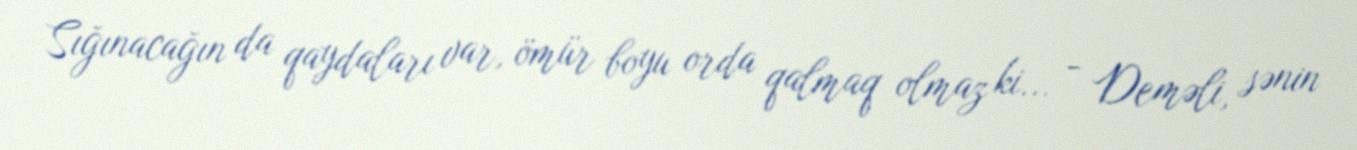
Sığınacağın da qaydaları var, ömür boyu orda qalmaq olmaz ki... - Deməli, sənin